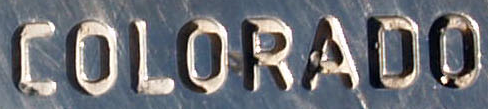
COLORADO